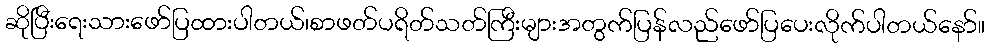
ဆိုပြီးရေးသားဖော်ပြထားပါတယ်၊စာဖတ်ပရိတ်သတ်ကြီးများအတွက်ပြန်လည်ဖော်ပြပေးလိုက်ပါတယ်နော်။